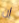
إن